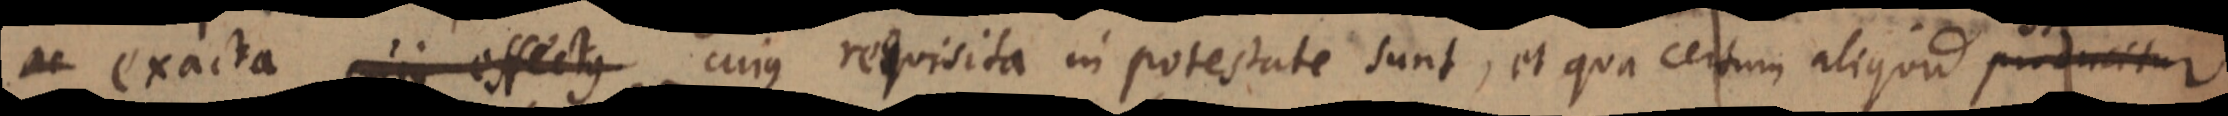
ac exacta cujus effectus cujus requisita in potestate sunt, et qua certum aliquid producitur